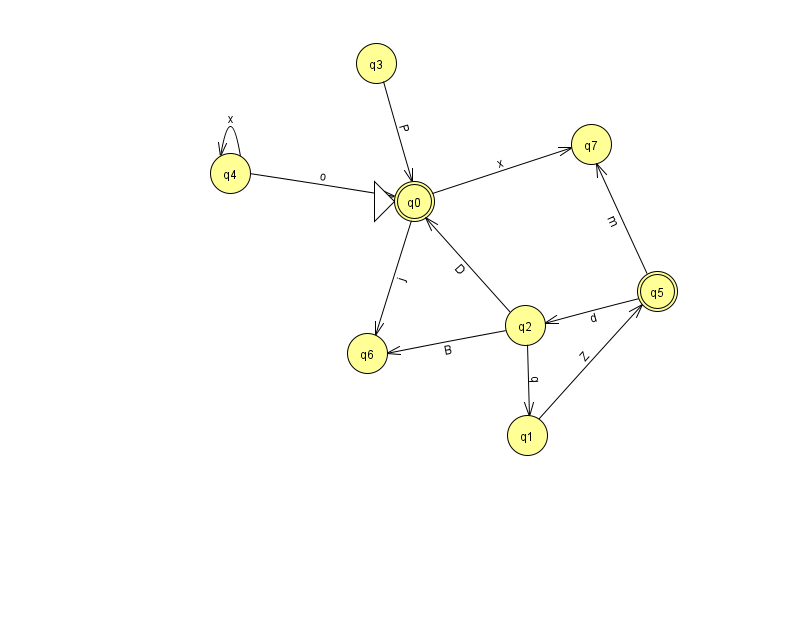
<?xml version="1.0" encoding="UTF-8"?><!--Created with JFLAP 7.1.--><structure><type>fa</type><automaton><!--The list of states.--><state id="0" name="q0"><x>414.0</x><y>188.0</y><initial/><final/></state><state id="1" name="q1"><x>527.0</x><y>422.0</y></state><state id="2" name="q2"><x>525.0</x><y>312.0</y></state><state id="3" name="q3"><x>376.0</x><y>50.0</y></state><state id="4" name="q4"><x>230.0</x><y>160.0</y></state><state id="5" name="q5"><x>657.0</x><y>278.0</y><final/></state><state id="6" name="q6"><x>367.0</x><y>340.0</y></state><state id="7" name="q7"><x>591.0</x><y>131.0</y></state><!--The list of transitions.--><transition><from>0</from><to>6</to><read>j</read></transition><transition><from>1</from><to>5</to><read>Z</read></transition><transition><from>2</from><to>1</to><read>q</read></transition><transition><from>2</from><to>6</to><read>B</read></transition><transition><from>4</from><to>4</to><read>x</read></transition><transition><from>2</from><to>0</to><read>D</read></transition><transition><from>3</from><to>0</to><read>P</read></transition><transition><from>0</from><to>7</to><read>x</read></transition><transition><from>4</from><to>0</to><read>o</read></transition><transition><from>5</from><to>2</to><read>d</read></transition><transition><from>5</from><to>7</to><read>m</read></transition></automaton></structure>